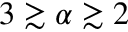
3 \gtrsim \alpha \gtrsim 2